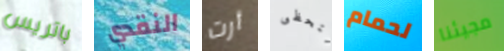
باتريس النقدي أرت لتحظى لحمام مجيئنا